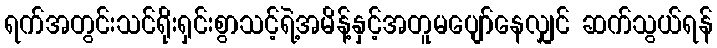
ရက်အတွင်းသင်ရိုးရှင်းစွာသင့်ရဲ့အမိန့်နှင့်အတူမပျော်နေလျှင် ဆက်သွယ်ရန်